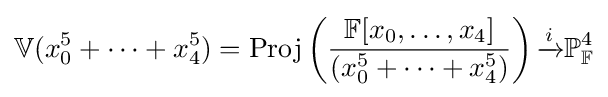
\mathbb {V} (x_{0}^{5}+\cdots +x_{4}^{5})={\text{Proj}}\left({\frac {\mathbb {F} [x_{0},\ldots ,x_{4}]}{(x_{0}^{5}+\cdots +x_{4}^{5})}}\right){\xrightarrow {i}}\mathbb {P} _{\mathbb {F} }^{4}